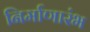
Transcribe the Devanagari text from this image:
निर्माणारंभ